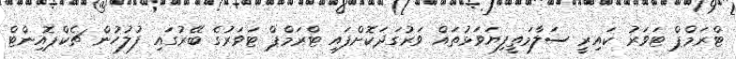
ޓްރަމްޕް ޓަވަރު ކައިރީ ސަލާމަތީފިޔަވަޅުތައް ވަރުގަދަކޮށްފައި ޓްރަމްޕް ޓަވަރުގެ ބޭރުގައި ފުލުހުން ޗެކްޕޮއިންޓް